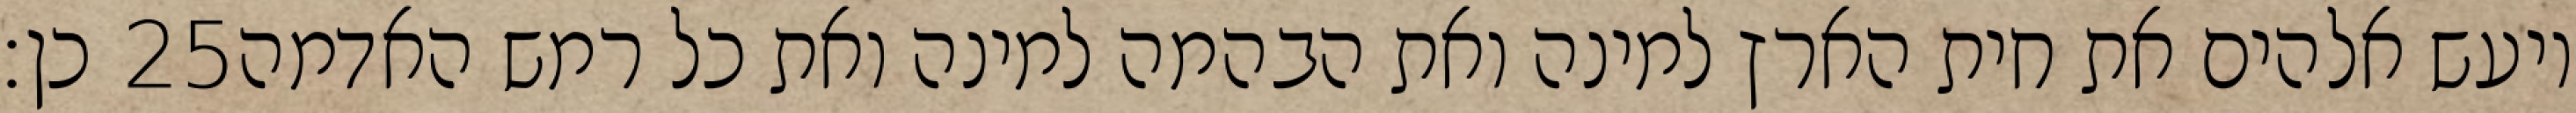
כן׃ ‎25‏ ויעש אלהים את חית הארץ למינה ואת הבהמה למינה ואת כל רמש האדמה